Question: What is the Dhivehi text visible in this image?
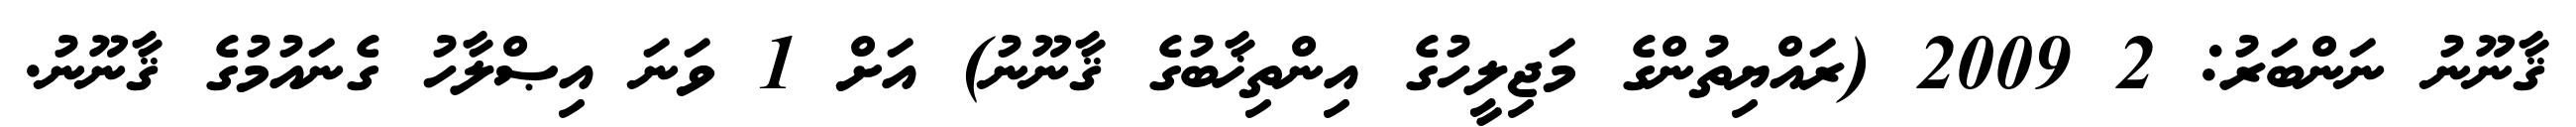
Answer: ޤާނޫނު ނަންބަރު: 2 2009 (ރައްޔިތުންގެ މަޖިލީހުގެ އިންތިޚާބުގެ ޤާނޫނު) އަށް 1 ވަނަ އިޞްލާހު ގެނައުމުގެ ޤާނޫނު.